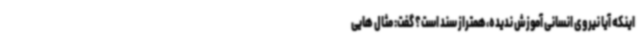
اینکه آیا نیروی انسانی آموزش ندیده،همتراز سند است؟ گفت: مثال هایی